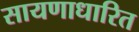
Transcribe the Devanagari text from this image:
सायणाधारित